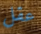
عقل